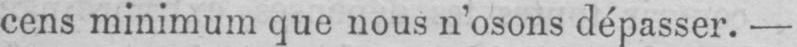
cens minimum que nous n’osons dépasser. -